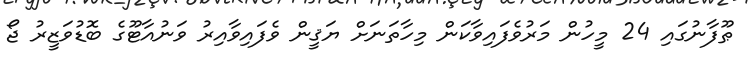
ޠޫފާނުގައި 24 މީހުން މަރުވެފައިވާކަން މިހާތަނަށް ޔަޤީން ވެފައިވާއިރު ވަނުއާޓޫގެ ބޮޑުވަޒީރު ޖޯ